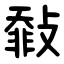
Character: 㪪